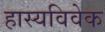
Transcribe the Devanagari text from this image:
हास्यविवेक